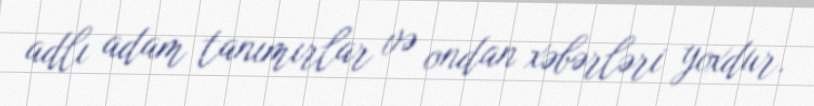
adlı adam tanımırlar və ondan xəbərləri yoxdur.